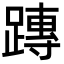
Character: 𨄔